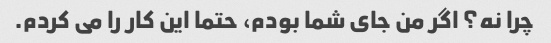
چرا نه؟ اگر من جای شما بودم، حتما این کار را می کردم.